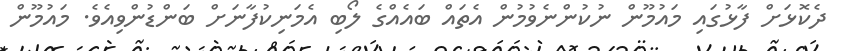
ދެކޮޅަށް ފާޅުގައި މައުމޫން ނުކުންނެވުމުން އެތައް ބައެއްގެ ލޯބި އެމަނިކުފާނަށް ބަންޑުންވިއެވެ. މައުމޫން